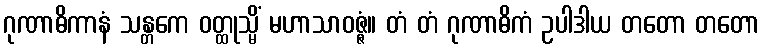
ဂုဏာဓိကာနံ သန္တကေ ဝတ္ထုသ္မိံ မဟာသာဝဇ္ဇံ။ တံ တံ ဂုဏာဓိကံ ဥပါဒါယ တတော တတော